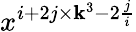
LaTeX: x^{i+2j\times\mathbf{k}^{3}-2\frac{{j}}{{i}}}